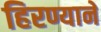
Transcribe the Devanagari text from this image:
हिरण्यानें